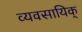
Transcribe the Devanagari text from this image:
व्यवसायिक्